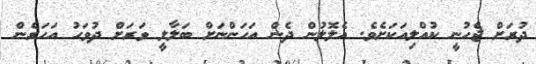
ދުރަށް ޖެހުނީ ކުއްލިއަކަށެވެ. އެލޮލުން ދެން އަހަންނަށް ބަލާލީ ވަރަށް ދުވަހު އަހަރެން